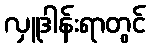
လှူဒါန်းရာတွင်